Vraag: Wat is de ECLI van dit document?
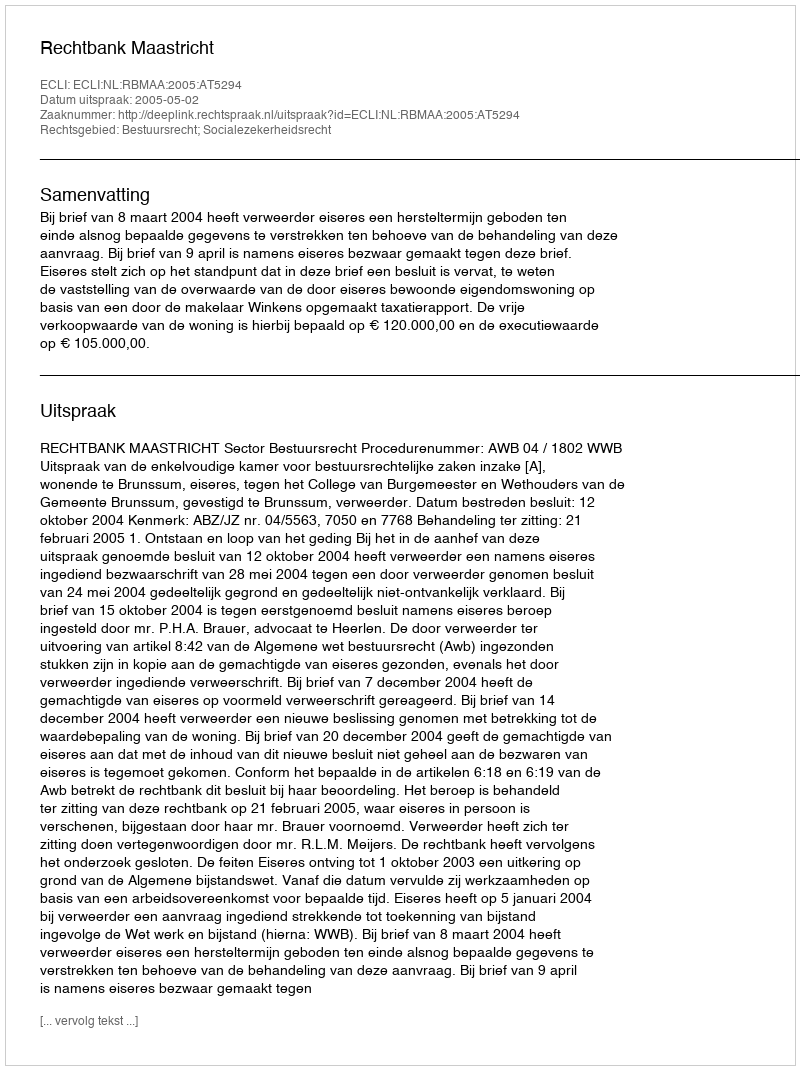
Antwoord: ECLI:NL:RBMAA:2005:AT5294